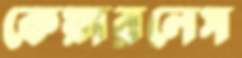
কেয়ারলেস